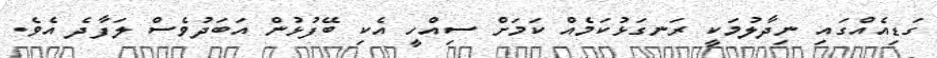
ގަޑިއެއްގައި ނިދާލުމަކީ ރަނގަޅުކަމެއް ކަމަށް ސިއްހީ އެކި ބޭފުޅުން އަބަދުވެސް ލަފާދެ އެވެ.